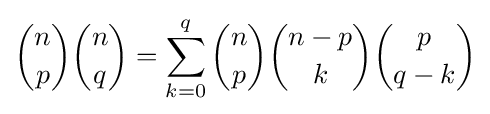
{n \choose p}{n \choose q}=\sum _{k=0}^{q}{n \choose p}{{n-p} \choose k}{p \choose {q-k}}